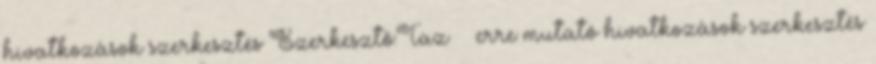
hivatkozások szerkesztés Szerkesztő:Taz ‎ ← erre mutató hivatkozások szerkesztés